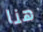
هنا